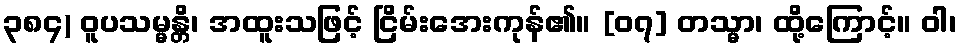
၃၈၄) ဝူပသမ္မန္တိ၊ အထူးသဖြင့် ငြိမ်းအေးကုန်၏။ [၀၇] တသ္မာ၊ ထို့ကြောင့်။ ဝါ၊